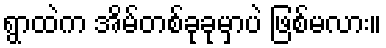
ရွာထဲက အိမ်တစ်ခုခုမှာပဲ ဖြစ်မလား။